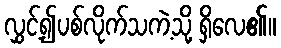
လွှင့်၍ပစ်လိုက်သကဲ့သို့ ရှိလေ၏။